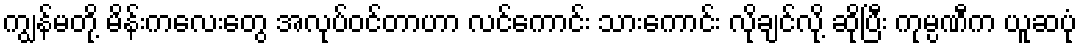
ကျွန်မတို့ မိန်းကလေးတွေ အလုပ်ဝင်တာဟာ လင်ကောင်း သားကောင်း လိုချင်လို့ ဆိုပြီး ကုမ္ပဏီက ယူဆပုံ